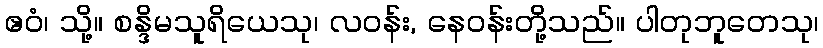
ဧဝံ၊ သို့။ စန္ဒိမသူရိယေသု၊ လဝန်း, နေဝန်းတို့သည်။ ပါတုဘူတေသု၊